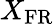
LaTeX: X_{\mathrm{FR}}